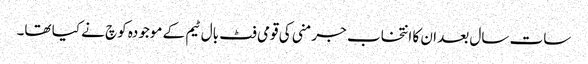
سات سال بعد ان کا انتخاب جرمنی کی قومی فٹ بال ٹیم کے موجودہ کوچ نے کیا تھا۔